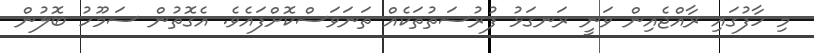
މި ހާފުގައި ރާއްޖެއިން ވަނީ ރަނގަޅު ފުރުސަތުތަކެއް ތަނަވަސްކޮށްފައެވެ. އެގޮތުން ސަމޫހު ބޮލުން